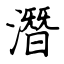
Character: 潛